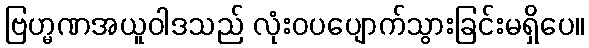
ဗြဟ္မဏအယူဝါဒသည် လုံးဝပပျောက်သွားခြင်းမရှိပေ။